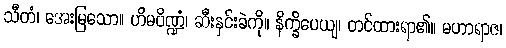
သီတံ၊ အေးမြသော။ ဟိမပိဏ္ဍံ၊ ဆီးနှင်းခဲကို။ နိက္ခိပေယျ၊ တင်ထားရာ၏။ မဟာရာဇ၊